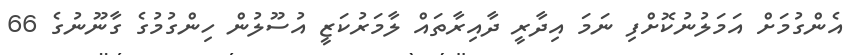
އެންގުމަށް އަމަލުނުކޮށްފި ނަމަ އިދާރީ ދާއިރާތައް ލާމަރުކަޒީ އުސޫލުން ހިންގުމުގެ ގާނޫނުގެ 66